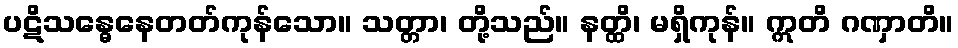
ပဋိသန္ဓေနေတတ်ကုန်သော။ သတ္တာ၊ တို့သည်။ နတ္ထိ၊ မရှိကုန်။ ဣတိ ဂဏှာတိ။